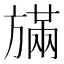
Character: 𪯿